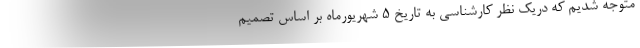
متوجه شدیم که دریک نظر کارشناسی به تاریخ ۵ شهریورماه بر اساس تصمیم